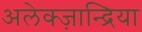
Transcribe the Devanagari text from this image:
अलेक्ज़ान्द्रिया